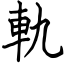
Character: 軌